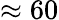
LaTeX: \approx 60